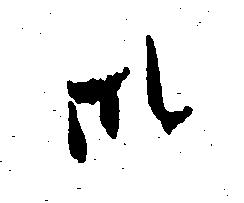
御